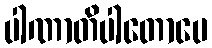
ပါဏာတိပါတောပေ